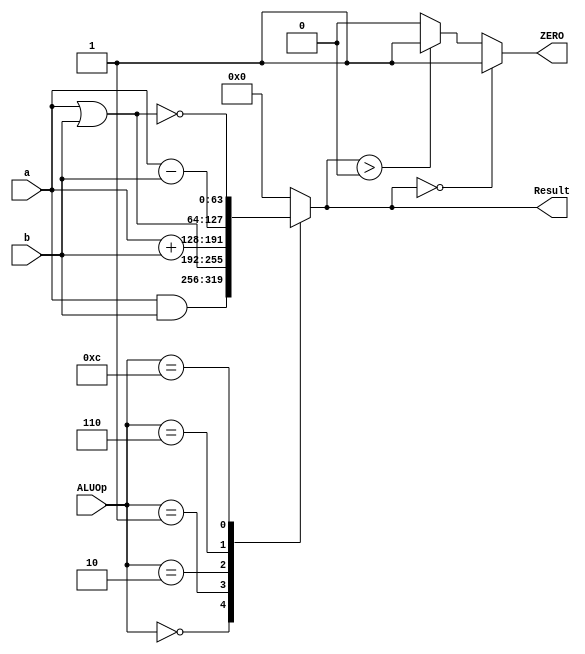
module alu_64(
	input [63:0] a, 
    input [63:0] b,
    input [3:0] ALUOp,
	output reg [63:0] Result,
	output reg ZERO
);
always @ (*)
begin
    case(ALUOp)
    4'b0000 :
        begin
        Result = a&b;
        end
    4'b0001 :
        begin
        Result = a|b;
        end
    4'b0010 :
        begin
        Result = a+b;
        end
    4'b0110:
        begin
        Result = a-b;
        end
    4'b1100:
        begin
        Result = ~(a|b);
        end
    default : Result = 0;
endcase
  	if (Result == 64'd0)
		ZERO = 1'b1;
	else if (Result > 64'd0)
		ZERO = 1'b1;
	else
		ZERO = 1'b0;
	end

endmodule